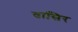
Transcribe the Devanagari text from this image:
तासिर